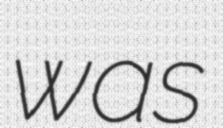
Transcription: was